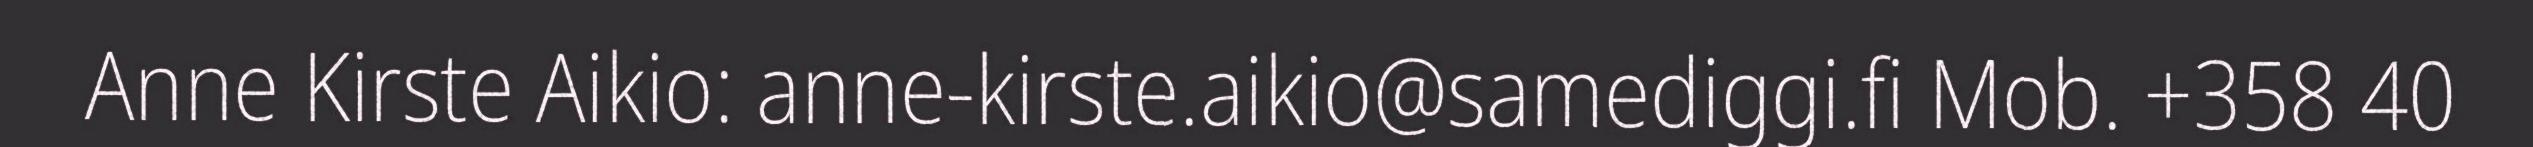
Anne Kirste Aikio: anne-kirste.aikio@samediggi.fi Mob. +358 40